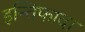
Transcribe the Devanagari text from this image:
इन्तिफादा